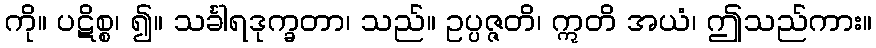
ကို။ ပဋိစ္စ၊ ၍။ သင်္ခါရဒုက္ခတာ၊ သည်။ ဥပ္ပဇ္ဇတိ၊ ဣတိ အယံ၊ ဤသည်ကား။